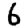
Digit: 6